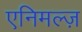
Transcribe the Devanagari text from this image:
एनिमल्ज़